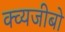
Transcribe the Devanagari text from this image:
क्व्यजीबो